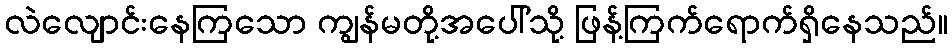
လဲလျောင်းနေကြသော ကျွန်မတို့အပေါ်သို့ ဖြန့်ကြက်ရောက်ရှိနေသည်။